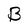
Character: B